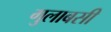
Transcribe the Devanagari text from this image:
गुलाबसी